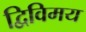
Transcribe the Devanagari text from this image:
द्विविमय